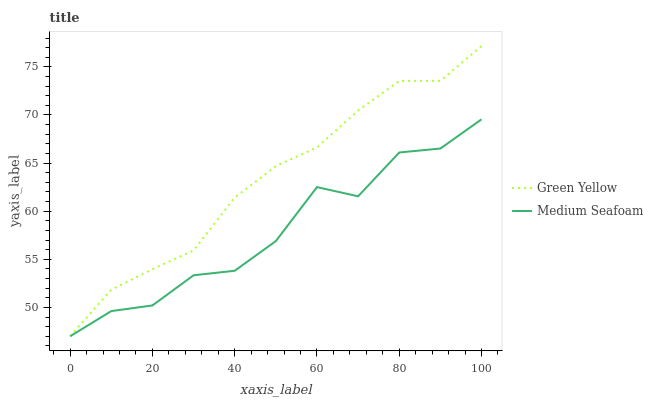
| xaxis_label | Green Yellow | Medium Seafoam |
 | --- | --- | --- |
 | 0 | 47 | 47 |
 | 10 | 51.8 | 49.6 |
 | 20 | 54 | 50.2 |
 | 30 | 55.9 | 53.3 |
 | 40 | 61.4 | 53.8 |
 | 50 | 64.7 | 56.9 |
 | 60 | 66.6 | 62.5 |
 | 70 | 70.5 | 61.5 |
 | 80 | 73.5 | 66.1 |
 | 90 | 73.5 | 66.5 |
 | 100 | 77.2 | 69.5 |